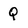
Character: Q